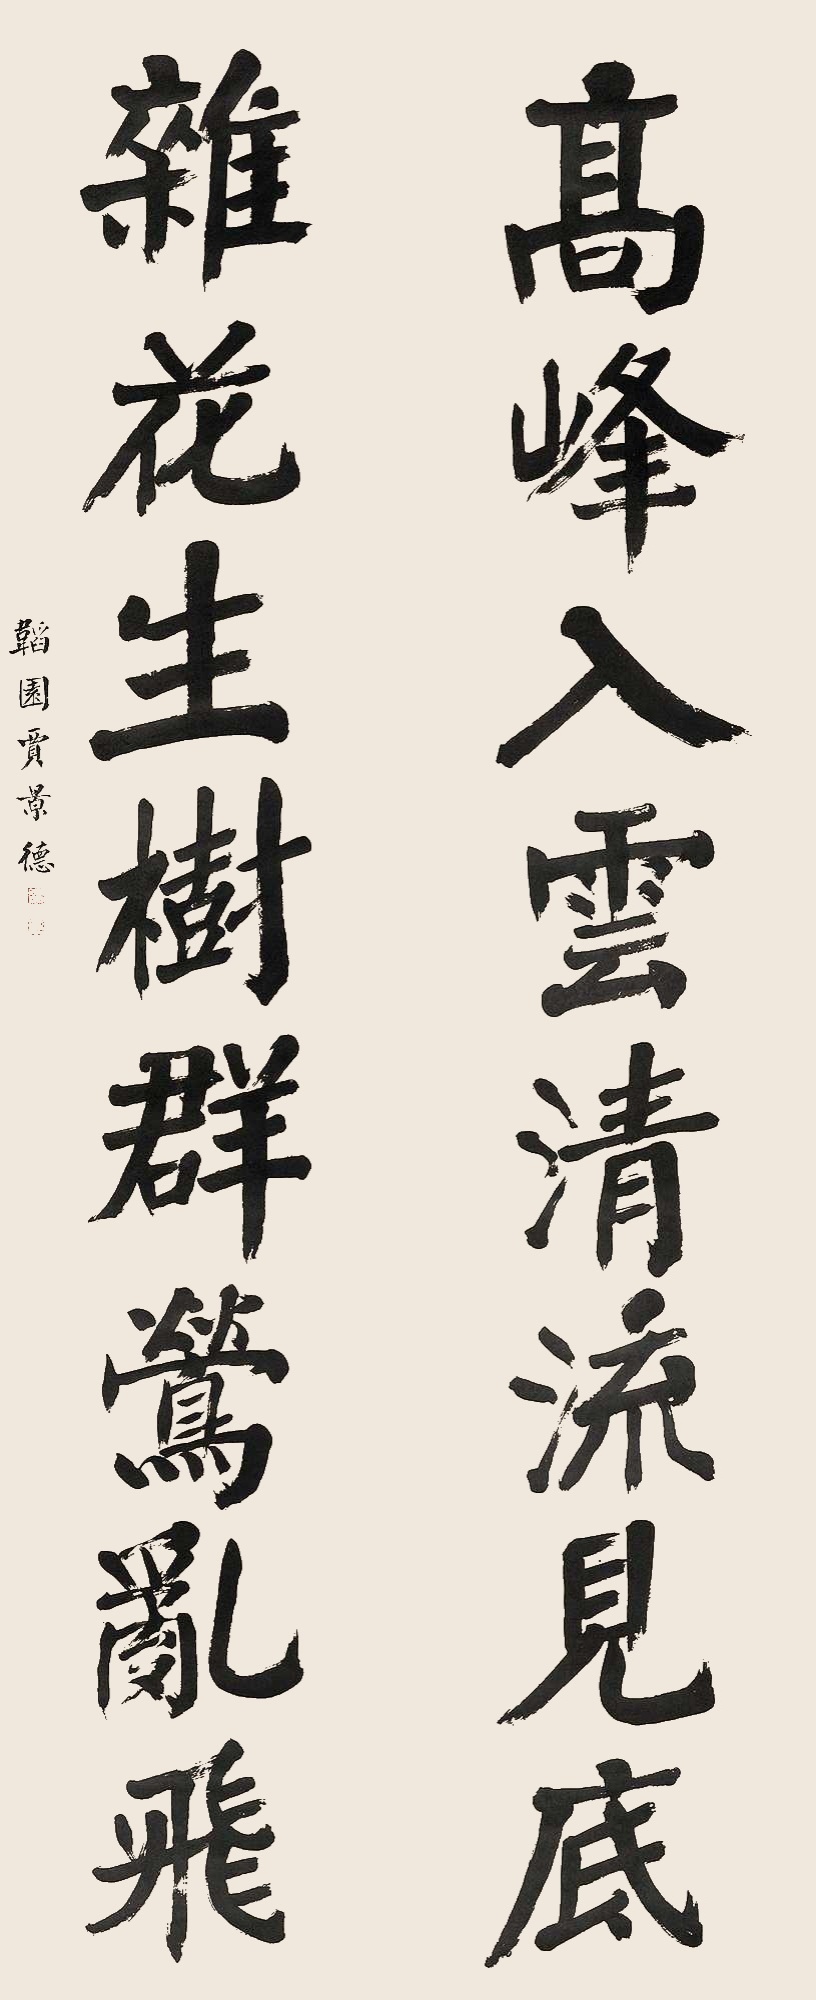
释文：高峰入云清流见底，杂花生树群莺乱飞。韬园贾景德。